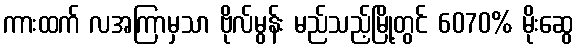
ကားထက် လအကြာမှသာ ဗိုလ်မွန်း မည်သည့်မြို့တွင် 6070% မိုးဆွေ